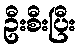
ဦးစီးပြီး